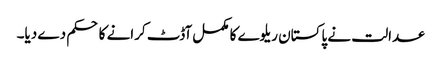
عدالت نے پاکستان ریلوے کا مکمل آڈٹ کرانے کا حکم دے دیا۔